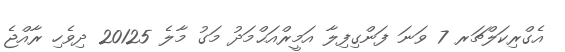
އެގްރިކަލްޗަރ 7 ވަނަ ފަންގިފިލާ އަމީރްއަޙްމަދު މަގު މާލެ 20125 ދިވެހި ރާއްޖެ